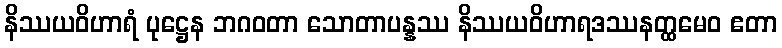
နိဿယဝိဟာရံ ပုဋ္ဌေန ဘဂဝတာ သောတာပန္နဿ နိဿယဝိဟာရဒဿနတ္ထမေဝ ဧတာ